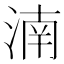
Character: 湳